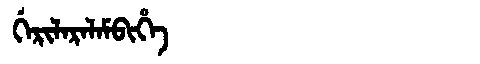
Manchu: ᡤᡝᡵᡳᠯᠠᡵᠠᠯᠠᠮᠪᡳᡥᡝ
Romanization: GERILARALAMBIHE